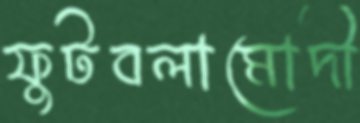
ফুটবলামোদী